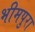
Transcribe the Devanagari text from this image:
भीमपुरा